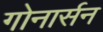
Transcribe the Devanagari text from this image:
गोनार्सन